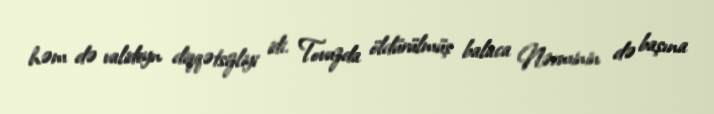
həm də valideyn diqqətsizliyi idi. Tovuzda öldürülmüş balaca Nərminin də başına